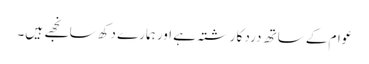
عوام کے ساتھ درد کا رشتہ ہے اور ہمارے دکھ سانجھے ہیں۔